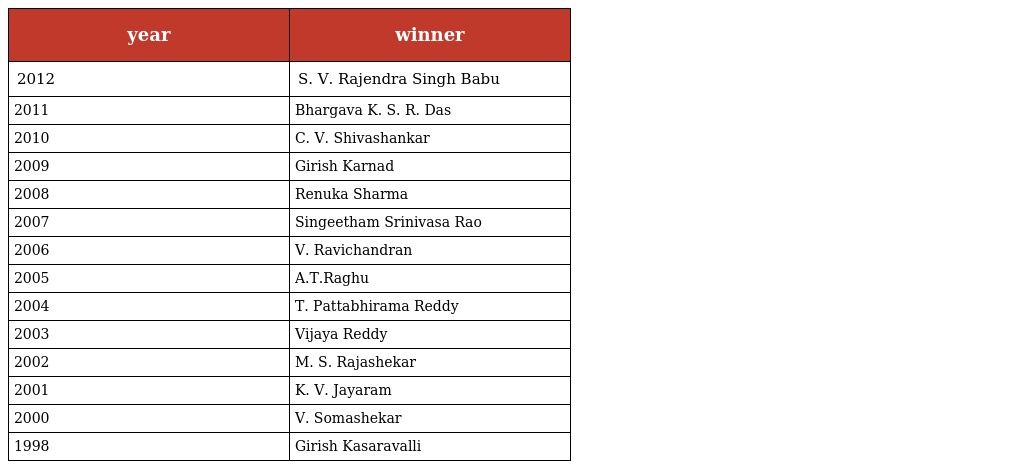
| year | winner |
 | --- | --- |
 | 2012 | S. V. Rajendra Singh Babu |
 | 2011 | Bhargava K. S. R. Das |
 | 2010 | C. V. Shivashankar |
 | 2009 | Girish Karnad |
 | 2008 | Renuka Sharma |
 | 2007 | Singeetham Srinivasa Rao |
 | 2006 | V. Ravichandran |
 | 2005 | A.T.Raghu |
 | 2004 | T. Pattabhirama Reddy |
 | 2003 | Vijaya Reddy |
 | 2002 | M. S. Rajashekar |
 | 2001 | K. V. Jayaram |
 | 2000 | V. Somashekar |
 | 1998 | Girish Kasaravalli |